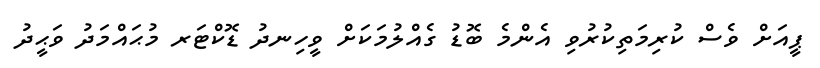
ޕީއަށް ވެސް ކުރިމަތިކުރުވި އެންމެ ބޮޑު ގެއްލުމަކަށް ވީހިނދު ޑޮކްޓަރ މުޙައްމަދު ވަޙީދު